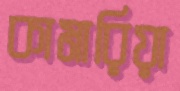
কামারিয়া